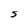
Character: S